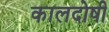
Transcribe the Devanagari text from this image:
कालदोषी